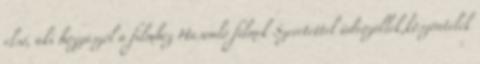
első, aki hozzászól a filmhez Hasonló filmek Szeretettel üdvözöllek,köszöntelek